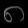
Digit: ၈